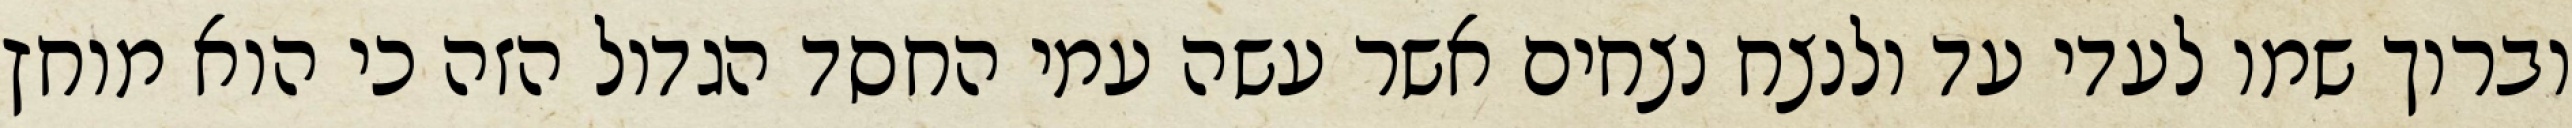
וברוך שמו לעדי עד ולנצח נצחים אשר עשה עמי החסד הגדול הזה כי הוא מוחץ